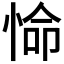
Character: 𭝕